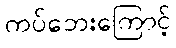
ကပ်ဘေးကြောင့်